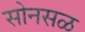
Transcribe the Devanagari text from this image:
सोनसळ